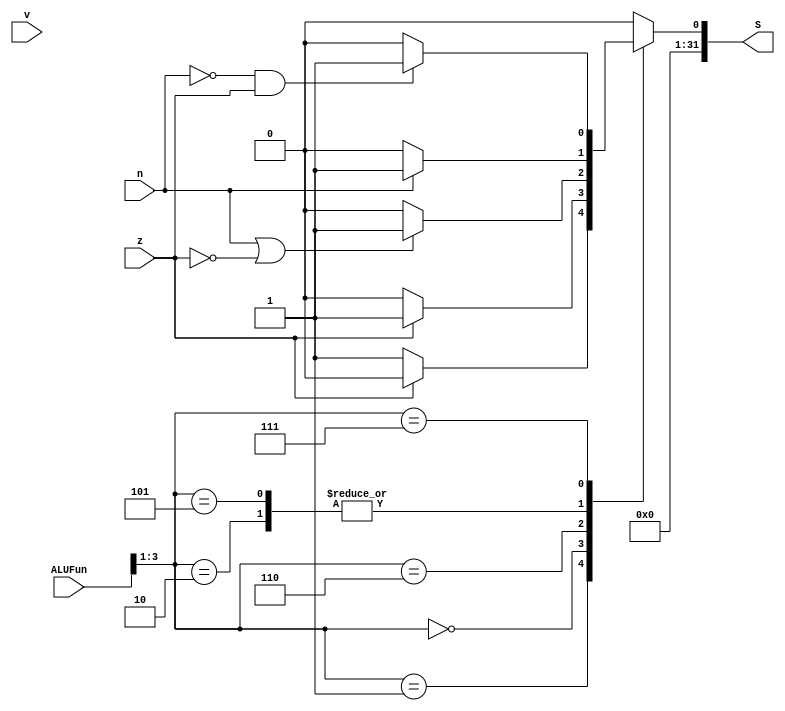
module CMP(z,v,n,ALUFun,S);
  input z,v,n;
  input [5:0]ALUFun;//[3:1]
  output reg [31:0] S;
  
  //reg S;
  
  always @(*) begin
  case(ALUFun[3:1])
    3'b001:S=(z==0)?1:0;
    3'b000:S=(z==0)?0:1;
    3'b010:S=(n==1)?1:0;
    //LEZ LTZ GTZ question...
    3'b110:S=(n==1||z==0)?1:0;
    3'b101:S=(n==1)?1:0;
    3'b111:S=((n==0)&&(z==1))?1:0;
    default:S=0;
  endcase
end

endmodule